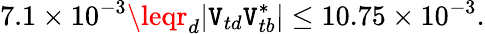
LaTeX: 7.1\times10^{-3}\leqr_{d}|\mathtt{V}_{td}\mathtt{V}_{tb}^{*}|\leq10.75\times10^{-3}.